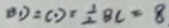
B D = C D = \frac { 1 } { 2 } B C = 8